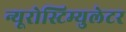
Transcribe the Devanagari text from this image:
न्यूरोस्टिम्युलेटर